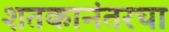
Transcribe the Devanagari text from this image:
शतकानंतरचा